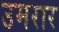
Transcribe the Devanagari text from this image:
उमरार